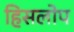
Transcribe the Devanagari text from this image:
हिसलोप